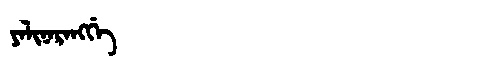
Manchu: ᠶᠠᠯᡳᠨᠠᡵᠠᠩᡤᡝ
Romanization: YALINARANGGE